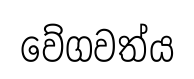
වේගවත්ය